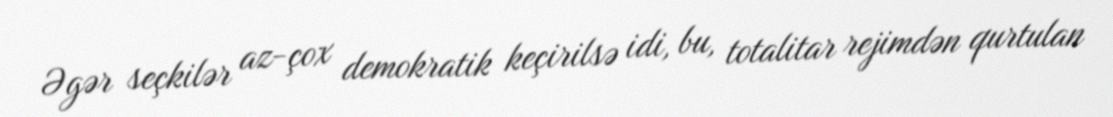
Əgər seçkilər az-çox demokratik keçirilsə idi, bu, totalitar rejimdən qurtulan